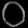
Digit: ၀